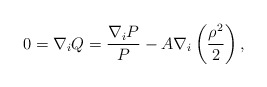
\begin{align*}0=\nabla_{i}Q=\frac{\nabla_{i}P}{P}-A\nabla_{i}\left(\frac{\rho^{2}}{2}\right),\end{align*}